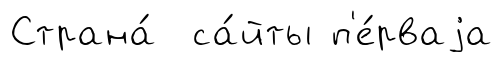
Страна́ са́йты п'е́рваjа